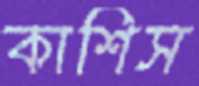
কাশিস